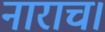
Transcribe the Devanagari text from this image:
नाराच।